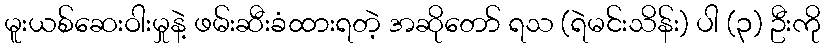
မူးယစ်ဆေးဝါးမှုနဲ့ ဖမ်းဆီးခံထားရတဲ့ အဆိုတော် ရသ (ရဲမင်းသိန်း) ပါ (၃) ဦးကို